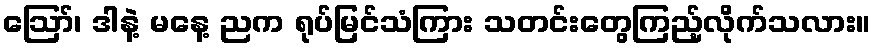
ဪ၊ ဒါနဲ့ မနေ့ ညက ရုပ်မြင်သံကြား သတင်းတွေကြည့်လိုက်သလား။